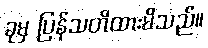
ခုမှ ပြန်သတိထားမိသည်။